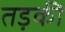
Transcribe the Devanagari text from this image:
तड़की